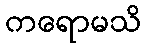
ကရောမသိ